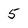
Character: 5